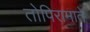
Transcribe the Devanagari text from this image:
तोपिरामाते